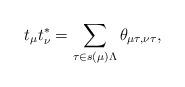
LaTeX: \begin{align*} t_{\mu} t_{\nu}^{*} = \sum_{\tau \in s(\mu)\Lambda} \theta_{\mu \tau, \nu \tau},\end{align*}